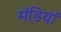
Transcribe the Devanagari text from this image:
मंडि़यां